Leaving Certificate Examination (including Day School Certificate (Higher) General paper), 1933
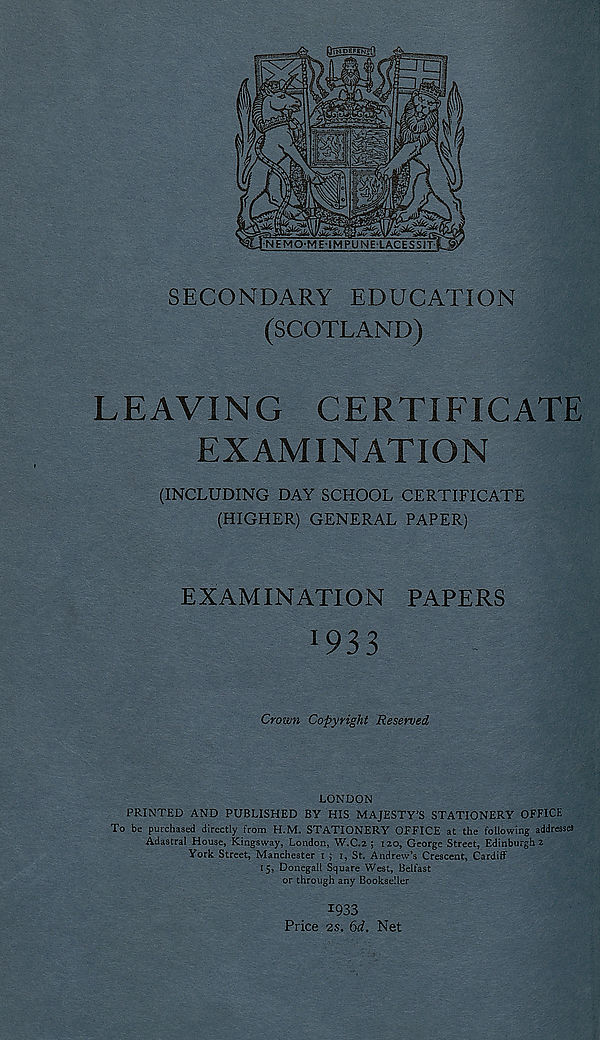
SECONDARY EDUCATION
(SCOTLAND)
LEAVING
CERTIFICATE
EXAMINATION
(INCLUDING DAY SCHOOL CERTIFICATE
(HIGHER) GENERAL PAPER)
EXAMINATION PAPERS
*933
Crown Copyright Reserved
LONDON
PRINTED AND PUBLISHED BY HIS MAJESTY’S STATIONERY OFFICE
To be purchased directly from H.M. STATIONERY OFFICE at the following addresses
Adastral House, Kingsway, London, W.C.2 ; 120, George Street, Edinburgh 2
York Street, Manchester 1 ; 1, St. Andrew’s Crescent, Cardiff
[5, Donegall Square West, Belfast
or through any Bookseller
1933
Price 2S. 6d. Net